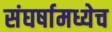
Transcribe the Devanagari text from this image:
संघर्षामध्येच